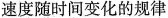
速度随时间变化的规律